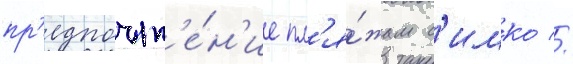
пр'едпочт'е́н'ие пл'я́жам с'имко //